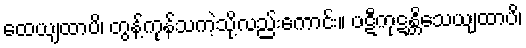
ထေယျထာပိ၊ တွန့်ကုန်သကဲ့သို့လည်းကောင်း။ ပဋီကုဋန္တိသေယျထာပိ၊